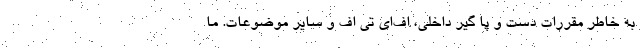
به خاطر مقررات دست و پا گير داخلي، اف‌اي تي اف و ساير موضوعات. ما